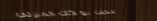
محلات بيع الأثاث المنزلي: